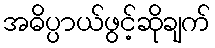
အဓိပ္ပာယ်ဖွင့်ဆိုချက်